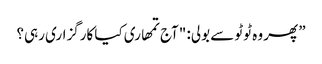
” پھر وہ ٹوٹو سے بولی: "آج تمھاری کیا کارگزاری رہی؟